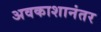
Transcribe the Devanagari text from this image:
अवकाशानंतर